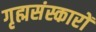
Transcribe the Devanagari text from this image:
गृह्मसंस्कारों